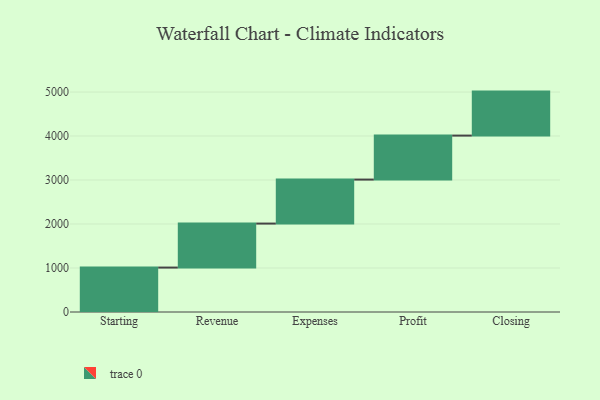
{"axis": {"x": "Step", "y": "Value"}, "legend": [""], "data": [{"x": "Starting", "y": 1010.0, "type": ""}, {"x": "Revenue", "y": 1000, "type": ""}, {"x": "Expenses", "y": 1000, "type": ""}, {"x": "Profit", "y": 1000, "type": ""}, {"x": "Closing", "y": 1000, "type": ""}]}